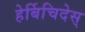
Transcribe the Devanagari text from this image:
हेर्बिचिदेस्